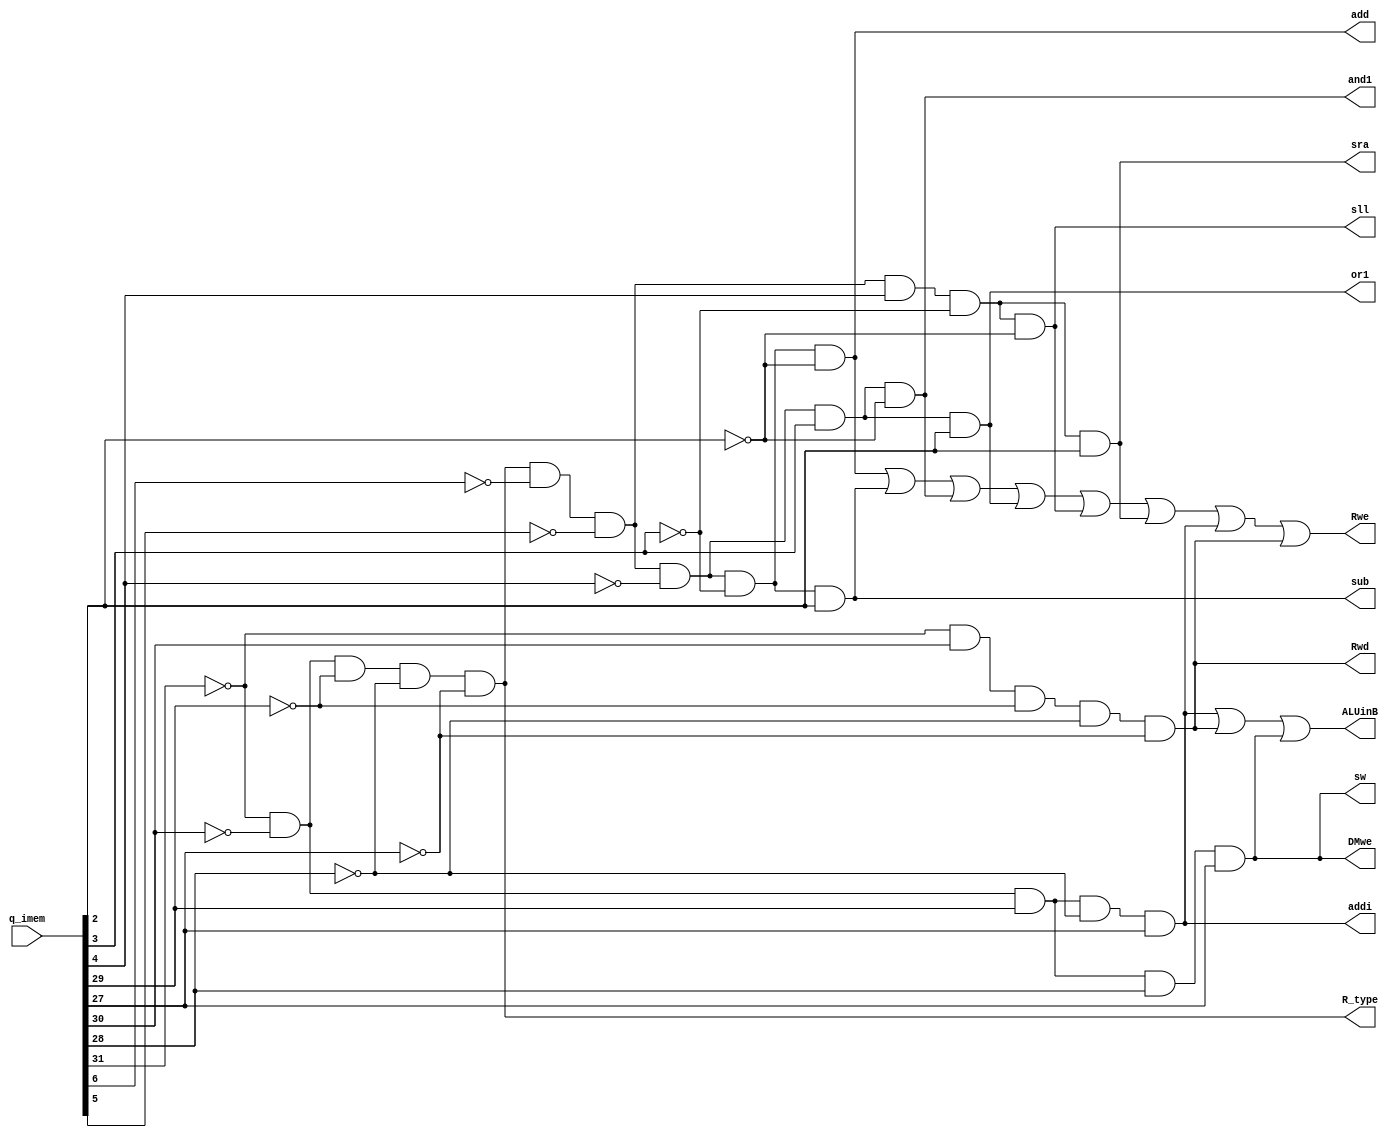
//00000 :  ADD
//00001 :  SUBTRACT
//00010 :  AND
//00011 :  OR
//00100 :  SLL
//00101 :  SRA
//wire [31:0] q_imem;

module controller(q_imem, ALUinB, DMwe, Rwe, Rwd, R_type, add, addi, sub, and1, or1, sll, sra, sw);
	input wire [31:0] q_imem;
	output wire ALUinB, DMwe, Rwe, Rwd, R_type, add, addi, sub, and1, or1, sll, sra, sw;
	
	wire[4:0] op_code;
	assign op_code= q_imem[31:27];
	
	wire[4:0] alu_op;
	assign alu_op = q_imem[6:2];

	// R type
	assign R_type = ~op_code[4] & ~op_code[3] & ~op_code[2] & ~op_code[1] & ~op_code[0];
	assign add = R_type & ~alu_op[4] & ~alu_op[3] & ~alu_op[2] & ~alu_op[1] & ~alu_op[0];
	assign sub = R_type & ~alu_op[4] & ~alu_op[3] & ~alu_op[2] & ~alu_op[1] & alu_op[0];
	assign and1 = R_type & ~alu_op[4] & ~alu_op[3] & ~alu_op[2] & alu_op[1] & ~alu_op[0];
	assign or1 = R_type & ~alu_op[4] & ~alu_op[3] & ~alu_op[2] & alu_op[1] & alu_op[0];
	assign sll = R_type & ~alu_op[4] & ~alu_op[3] & alu_op[2] & ~alu_op[1] & ~alu_op[0];
	assign sra = R_type & ~alu_op[4] & ~alu_op[3] & alu_op[2] & ~alu_op[1] & alu_op[0];
	
	// I type
	assign addi = ~op_code[4] & ~op_code[3] & op_code[2] & ~op_code[1] & op_code[0];
	assign lw = ~op_code[4] & op_code[3] & ~op_code[2] & ~op_code[1] & ~op_code[0];
	assign sw = ~op_code[4] & ~op_code[3] & op_code[2] & op_code[1] & op_code[0];
	
	// Controller
	assign DMwe = sw;
	assign Rwe = add | sub | and1 | or1 | sll | sra | addi | lw;
	assign Rwd = lw;
	assign ALUinB = addi | lw | sw;
	
endmodule